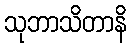
သုဘာသိတာနိ